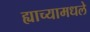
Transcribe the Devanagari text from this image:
ह्याच्यामधले